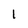
Character: 1